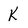
Character: K